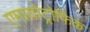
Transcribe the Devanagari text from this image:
एमायोट्रोफिक